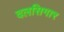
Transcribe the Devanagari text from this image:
दलसिगार